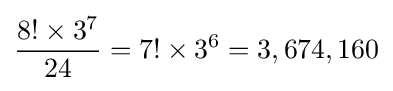
{\frac {8!\times 3^{7}}{24}}=7!\times 3^{6}=3,674,160